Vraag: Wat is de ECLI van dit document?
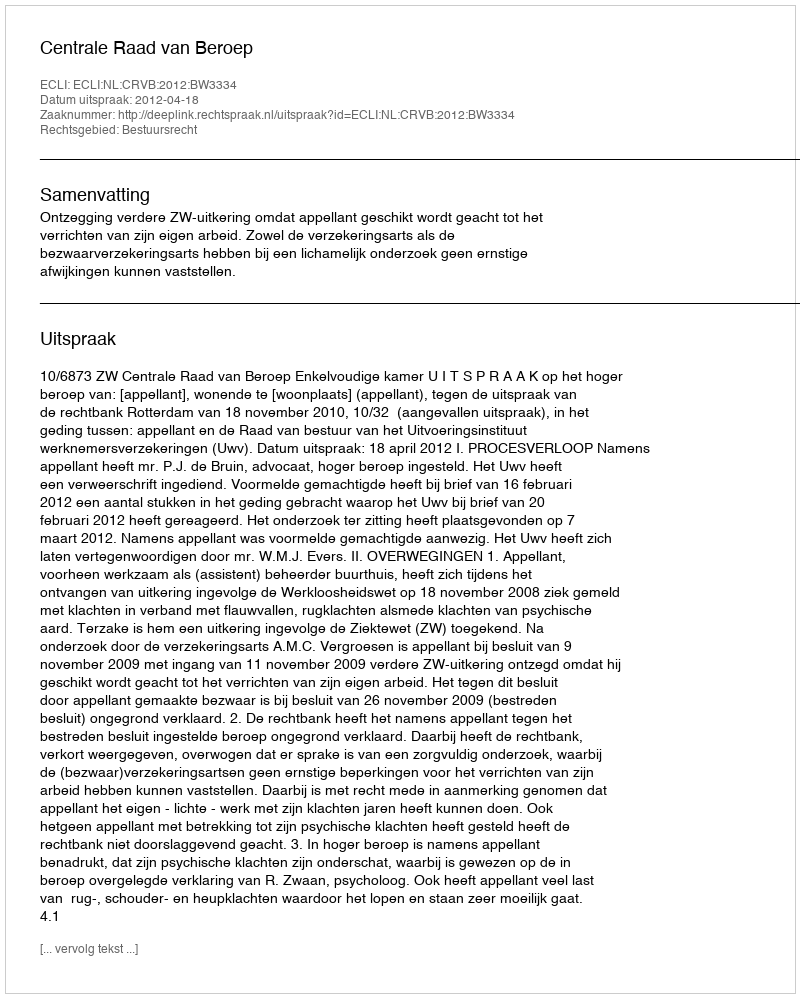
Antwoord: ECLI:NL:CRVB:2012:BW3334